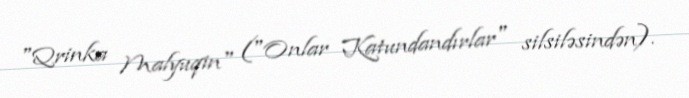
"Qrinka Malyuqin" ("Onlar Katundandırlar" silsiləsindən).